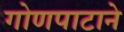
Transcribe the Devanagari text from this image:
गोणपाटाने